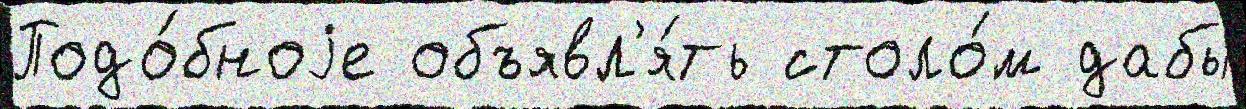
Подо́бноjе объявл'я́ть столо́м дабы